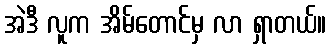
အဲဒီ လူက အိမ်တောင်မှ လာ ရှာတယ်။